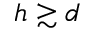
h \gtrsim d